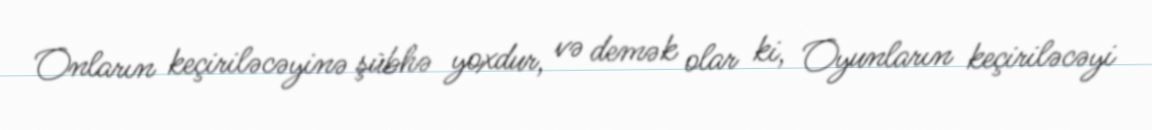
Onların keçiriləcəyinə şübhə yoxdur, və demək olar ki, Oyunların keçiriləcəyi